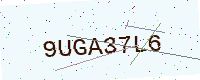
Text: 9UGA37L6